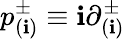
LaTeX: p_{(\mathbf{i})}^{\pm}\equiv\mathbf{i}{\partial}_{(\mathbf{i})}^{\pm}